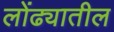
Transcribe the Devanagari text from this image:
लोंढ्यातील